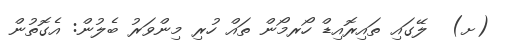
(ށ)  ލޭގައި ތައިރޮއިޑް ހޯރމޯން ތައް ހުރި މިންވަރު ބެލުން: އެގޮތުން